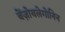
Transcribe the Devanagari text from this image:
बेंज़ोयलेगोनिन